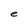
Character: e